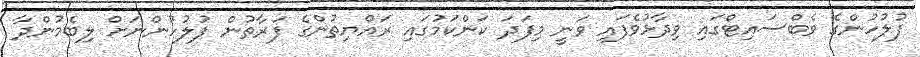
ފުލުހުންގެ ވެބްސައިޓްގައި ވިދާޅުވެފައި ވަނީ މިފަދަ ކަންކަމުގައި ރައްޔިތުންގެ ފަރާތުން ފުލުހުންނަށް ލިބެމުންދާ